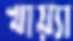
খায়্যা